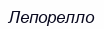
Лепорелло